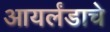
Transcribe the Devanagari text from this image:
आयर्लंडाचे